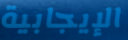
الإيجابية